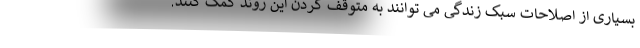
بسیاری از اصلاحات سبک زندگی می توانند به متوقف کردن این روند کمک کنند.